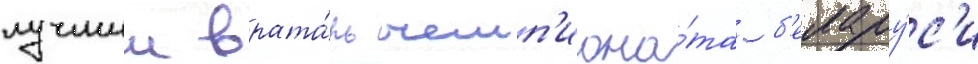
лучшии врата́рь чемп'иона́та б'елару́с'и